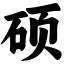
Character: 硕